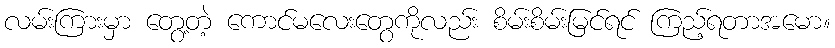
လမ်းကြားမှာ တွေ့တဲ့ ကောင်မလေးတွေကိုလည်း စိမ်းစိမ်းမြင်ရင် ကြည့်ရတာအမော။